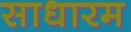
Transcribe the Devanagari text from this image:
साधारम